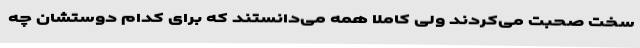
سخت صحبت می‌کردند ولی کاملا همه می‌دانستند که برای کدام دوستشان چه